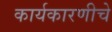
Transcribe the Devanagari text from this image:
कार्यकारणीचे